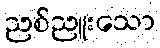
ညစ်ညူးသော